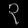
Digit: ၃